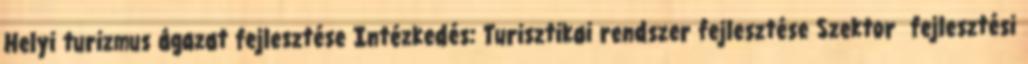
Helyi turizmus ágazat fejlesztése Intézkedés: Turisztikai rendszer fejlesztése Szektor fejlesztési